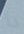
دا